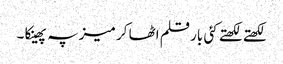
لکھتے لکھتے کئی بار قلم اٹھا کر میز پہ پھینکا ۔